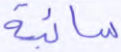
سائبة